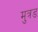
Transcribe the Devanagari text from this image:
मुत्रड